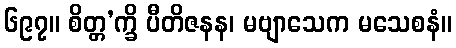
၆၉၇။ စိတ္တ’က္ခိ ပီတိဇနန၊ မဗျာသေက မသေစနံ။